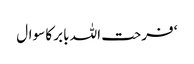
‘ فرحت اللہ بابر کا سوال